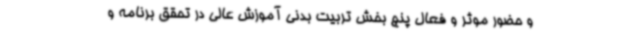
و حضور موثر و فعال پنج بخش تربیت بدنی آموزش عالی در تحقق برنامه و